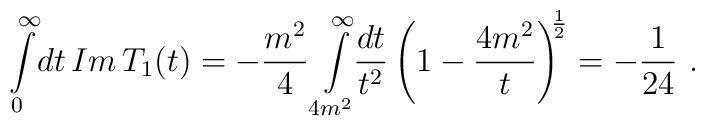
\int\limits^{\infty}_{0}\!dt\,Im\,T_{1}(t)=-\frac{m^2}{4}\int\limits^{\infty}_{4m^{2}}\!\!\frac{dt}{t^{2}}\left(1-\frac{4m^{2}}{t}\right)^{\hspace{-3pt}\frac{1}{2}}=-\frac{1}{24} \, \, .